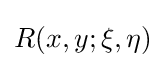
R(x,y;\xi ,\eta )